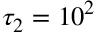
\tau _ { 2 } = 1 0 ^ { 2 }